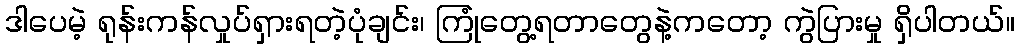
ဒါပေမဲ့ ရုန်းကန်လှုပ်ရှားရတဲ့ပုံချင်း၊ ကြုံတွေ့ရတာတွေနဲ့ကတော့ ကွဲပြားမှု ရှိပါတယ်။